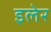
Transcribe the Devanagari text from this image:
इलेर